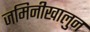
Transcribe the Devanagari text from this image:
जमिनीखालुन